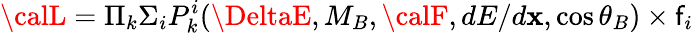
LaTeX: {\calL}=\Pi_{k}\Sigma_{i}P_{k}^{i}(\DeltaE,M_{B},{\calF},dE/d\mathbf{x},\cos{\theta_{B}})\times\mathsf{f}_{i}